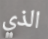
الذي